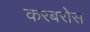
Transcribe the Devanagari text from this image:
करबरोस